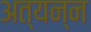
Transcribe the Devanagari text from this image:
अत्यन्न